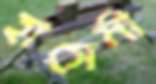
হাসেমী